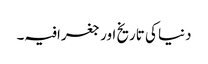
دنیا کی تاریخ اور جغرافیہ۔